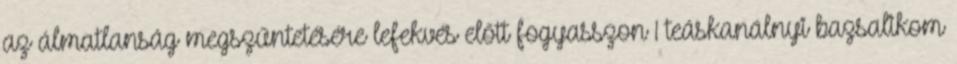
az álmatlanság megszűntetésére lefekvés előtt fogyasszon 1 teáskanálnyi bazsalikom